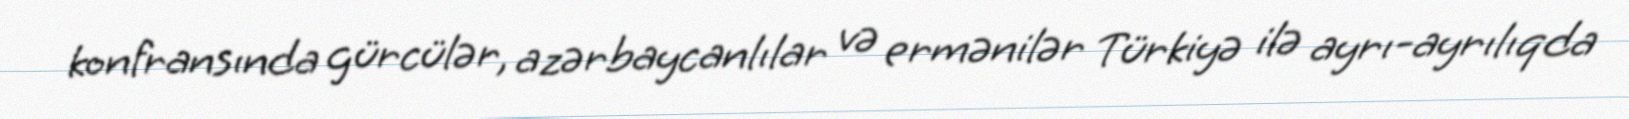
konfransında gürcülər, azərbaycanlılar və ermənilər Türkiyə ilə ayrı-ayrılıqda